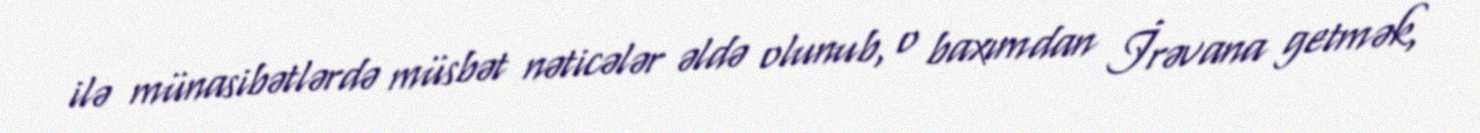
ilə münasibətlərdə müsbət nəticələr əldə olunub, o baxımdan İrəvana getmək,